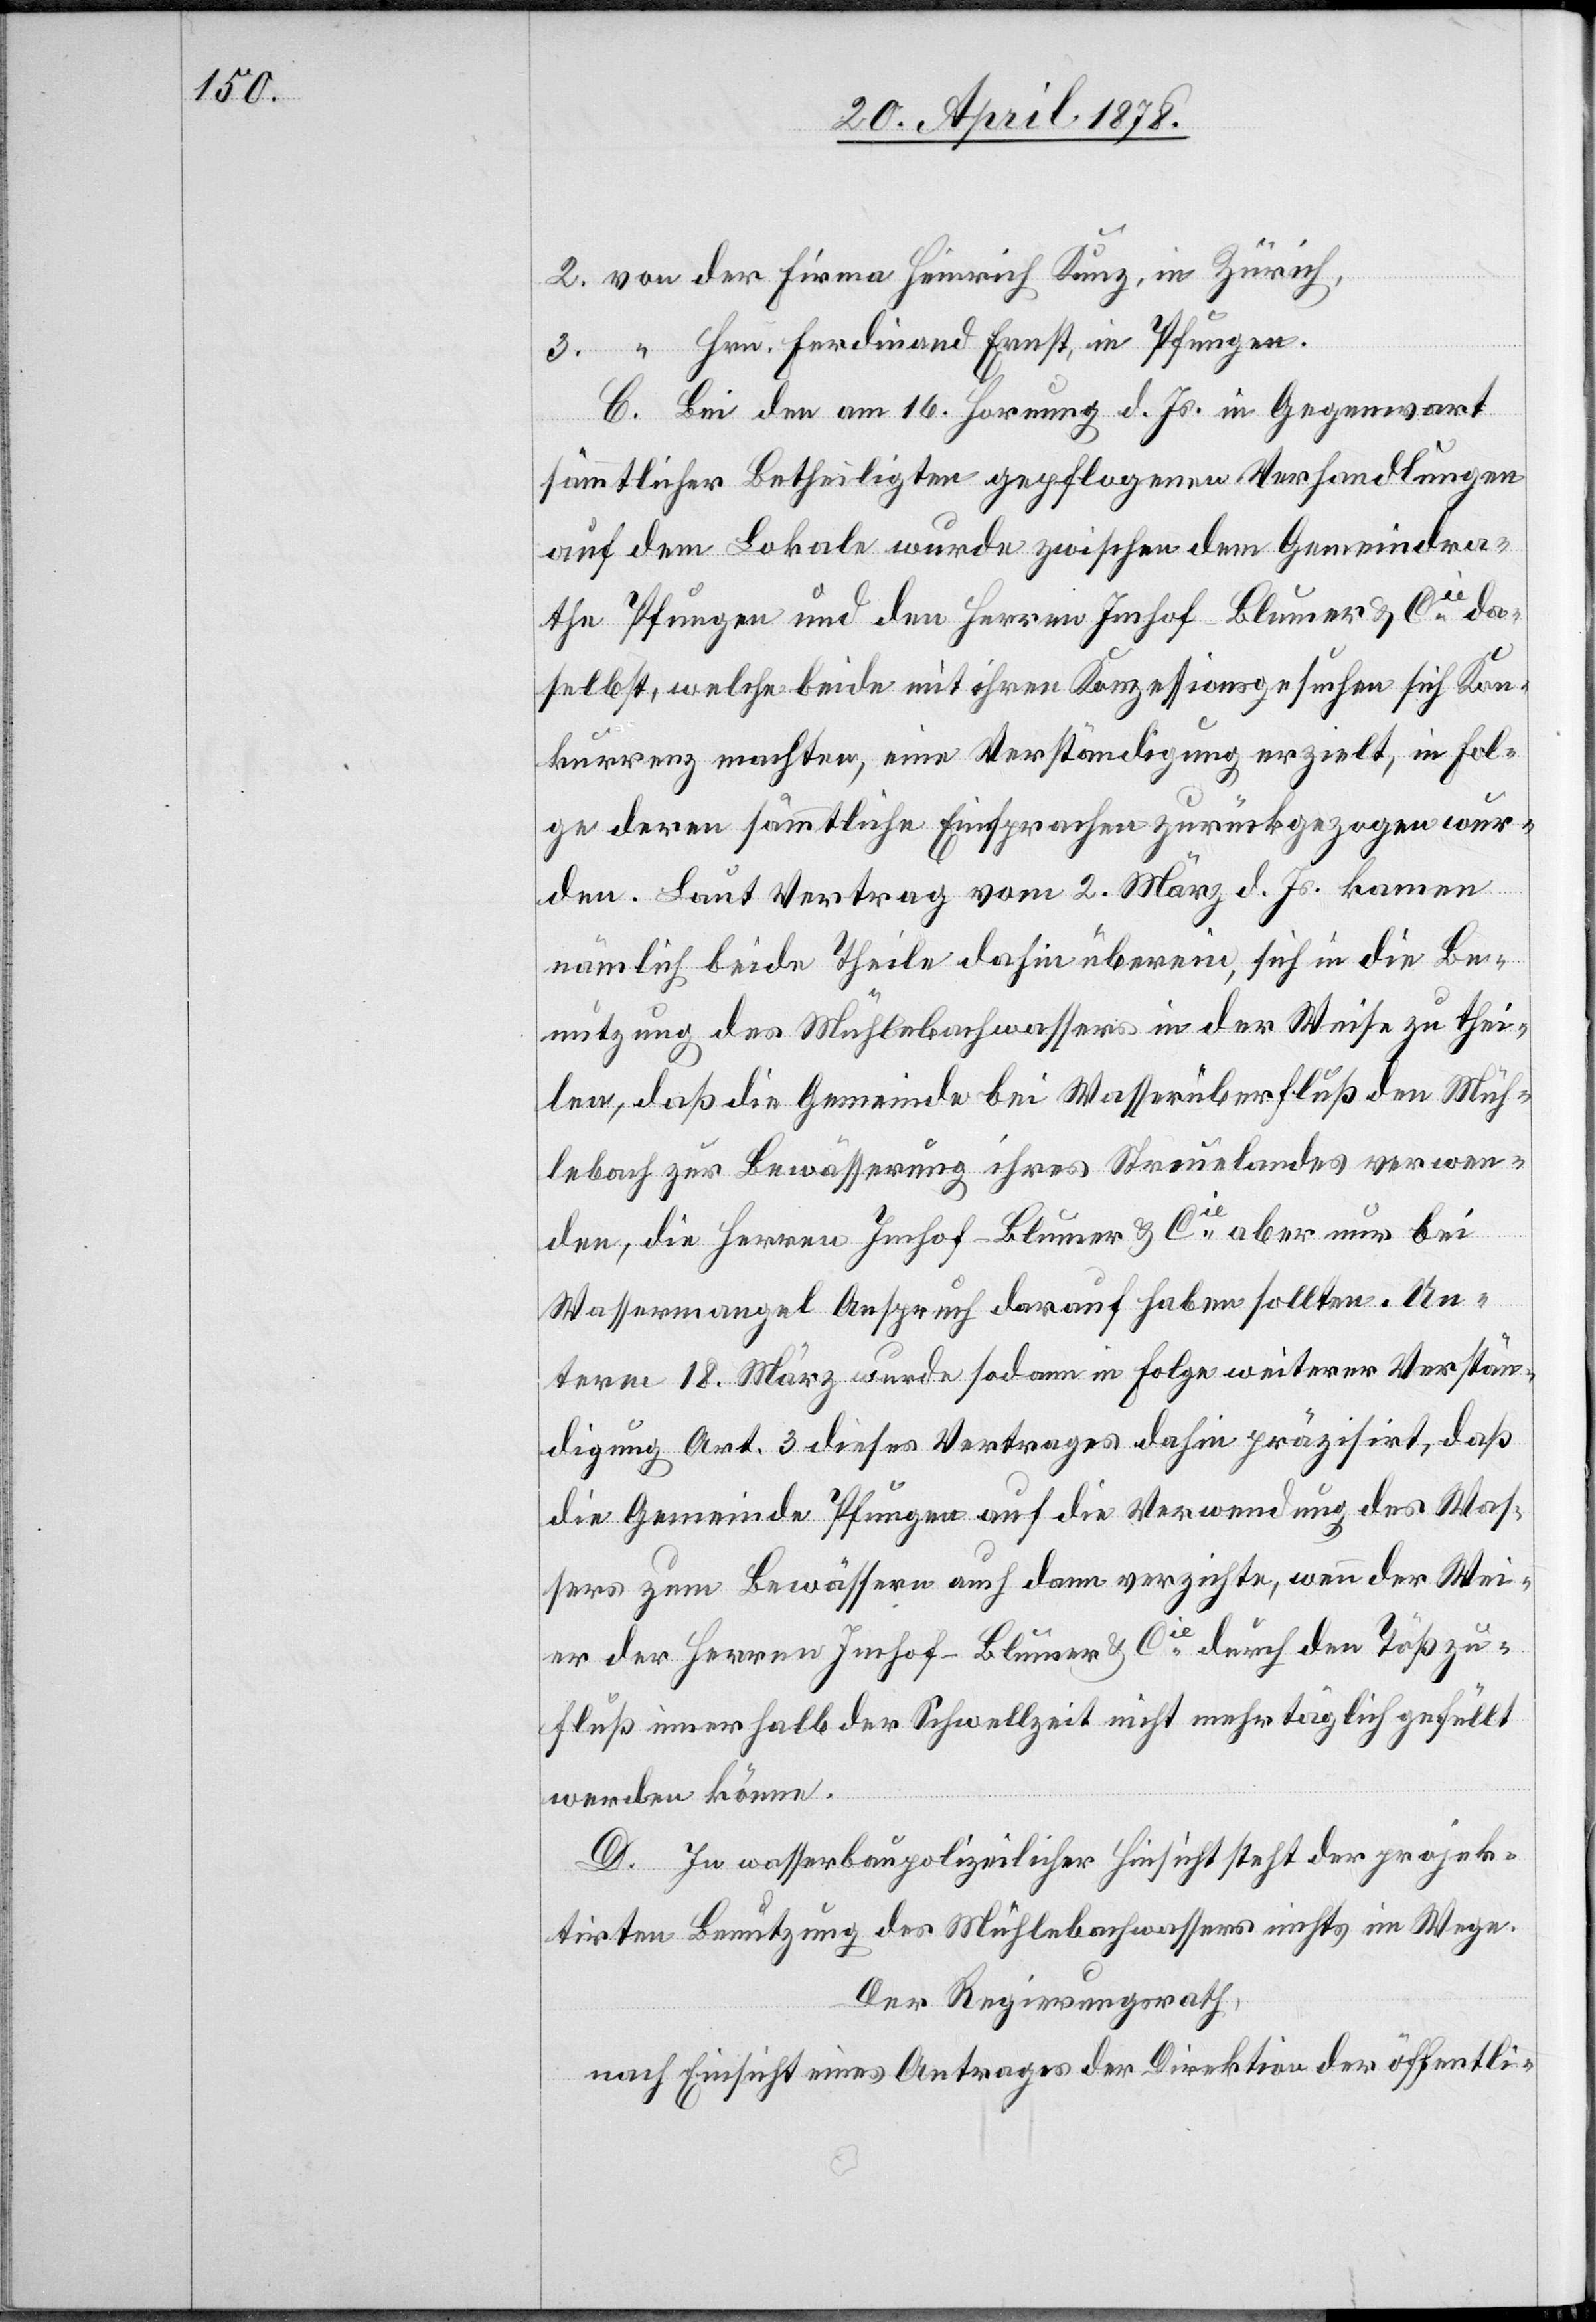
2. von der Firma Heinrich Kunz, in Zürich,
3. “ Hrn. Heinrich Ernst, in Pfungen.
C. Bei den am 16. Hornung d. Js. in Gegenwart
sämmtlicher Betheiligten gepflogenen Verhandlungen
auf dem Lokale wurde zwischen dem Gemeindra¬
the Pfungen und den Herren Imhof-Blumer & Cie da¬
selbst, welche beide mit ihren Konzessionsgesuchen sich Kon¬
kurrenz machten, eine Verständigung erzielt, in Fol¬
ge deren sämmtliche Einsprachen zurückgezogen wur¬
den. Laut Vertrag vom 2. März d. Js. kamen
nämlich beide Theile dahin überein, sich in die Be¬
nutzung des Mühlebachwassers in der Weise zu thei¬
ic!] daß die Gemeinde bei Wasserüberfluß den Müh¬
lebach zur Bewässerung ihres Streuelandes verwen¬
[s¬
den, die Herren Imhof-Blumer & Cie aber nur bei
Wassermangel Anspruch darauf haben sollten. Un¬
term 18. März wurde sodann in Folge weiterer Verstän¬
digung Art. 3 dieses Vertrages dahin präzisirt, daß
die Gemeinde Pfungen auf die Verwendung des Was¬
sers zum Bewässern auch dann verzichte, wenn der Wei¬
er der Herren Imhof-Blumer & Cie durch den Tößzu¬
fluß innerhalb der Schwellzeit nicht mehr täglich gefüllt
werden könne.
D. In wasserbaupolizeilicher Hinsicht steht der projek¬
tirten Benützung des Mühlebachwassers nichts im Wege.
Der Regierungsrath,
nach Einsicht eines Antrages der Direktion der öffentli-